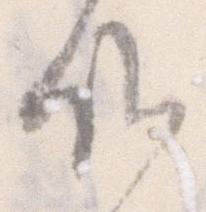
候